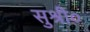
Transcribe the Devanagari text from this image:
सुश्री०